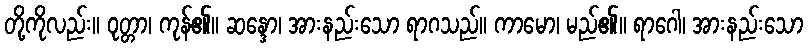
တို့ကိုလည်း။ ဝုတ္တာ၊ ကုန်၏။ ဆန္ဒော၊ အားနည်းသော ရာဂသည်။ ကာမော၊ မည်၏။ ရာဂေါ၊ အားနည်းသော